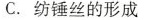
C.纺锤丝的形成